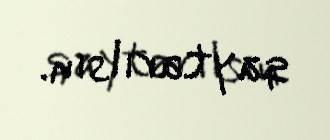
qaytarılsın.